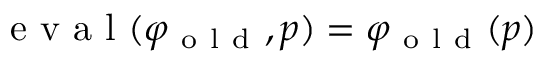
\mathrm { ~ e ~ v ~ a ~ l ~ } ( \varphi _ { \mathrm { ~ o ~ l ~ d ~ } } , p ) = \varphi _ { \mathrm { ~ o ~ l ~ d ~ } } ( p )